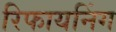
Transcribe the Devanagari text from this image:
रिफायनिंग